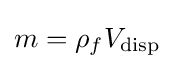
m=\rho _{f}V_{\text{disp}}